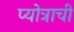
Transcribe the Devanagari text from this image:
प्योत्राची